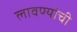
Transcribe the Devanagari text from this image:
लावण्यांची